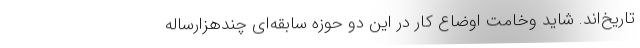
تاریخ‌اند. شاید وخامت اوضاع کار در این دو حوزه سابقه‌ای چندهزارساله